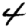
Digit: 4